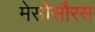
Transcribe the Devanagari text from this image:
मेसोसौरस